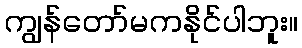
ကျွန်တော်မကနိုင်ပါဘူး။